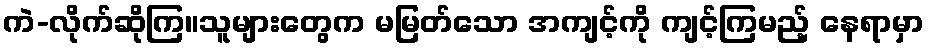
ကဲ-လိုက်ဆိုကြ။သူများတွေက မမြတ်သော အကျင့်ကို ကျင့်ကြမည့် နေရာမှာ